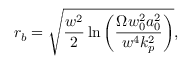
r _ { b } = \sqrt { \frac { w ^ { 2 } } { 2 } \ln \left( \frac { \Omega w _ { 0 } ^ { 2 } a _ { 0 } ^ { 2 } } { w ^ { 4 } k _ { p } ^ { 2 } } \right) } ,